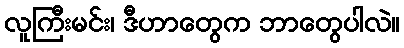
လူကြီးမင်း၊ ဒီဟာတွေက ဘာတွေပါလဲ။